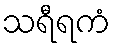
သရီရကံ